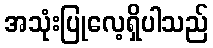
အသုံးပြုလေ့ရှိပါသည်